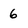
Character: 6